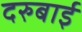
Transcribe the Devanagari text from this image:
दरुबाई